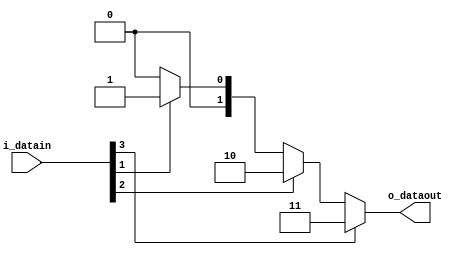


   module encoder_4(i_datain,o_dataout);
   input [3:0]i_datain;
   output reg [1:0] o_dataout = 0;
   
   always@(*)
     begin
	     if(i_datain[3])
		    o_dataout <= 3;
		 else if(i_datain[2])
            o_dataout <= 2;
         else if(i_datain[1])
            o_dataout <= 1;
         else if(i_datain[0])
            o_dataout <= 0;
         else
            o_dataout <= 0;		 
	 end
	 
	endmodule